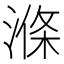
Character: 𣺢